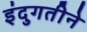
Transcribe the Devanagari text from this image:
इंदुगतीने